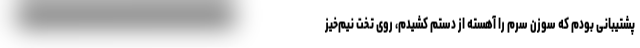
پشتیبانی بودم که سوزن سِرُم را آهسته از دستم کشیدم، روی تخت نیم‌خیز